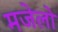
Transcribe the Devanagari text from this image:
मजेलो